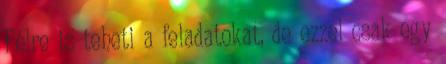
Félre is teheti a feladatokat, de ezzel csak egy